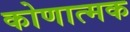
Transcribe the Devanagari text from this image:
कोणात्मक